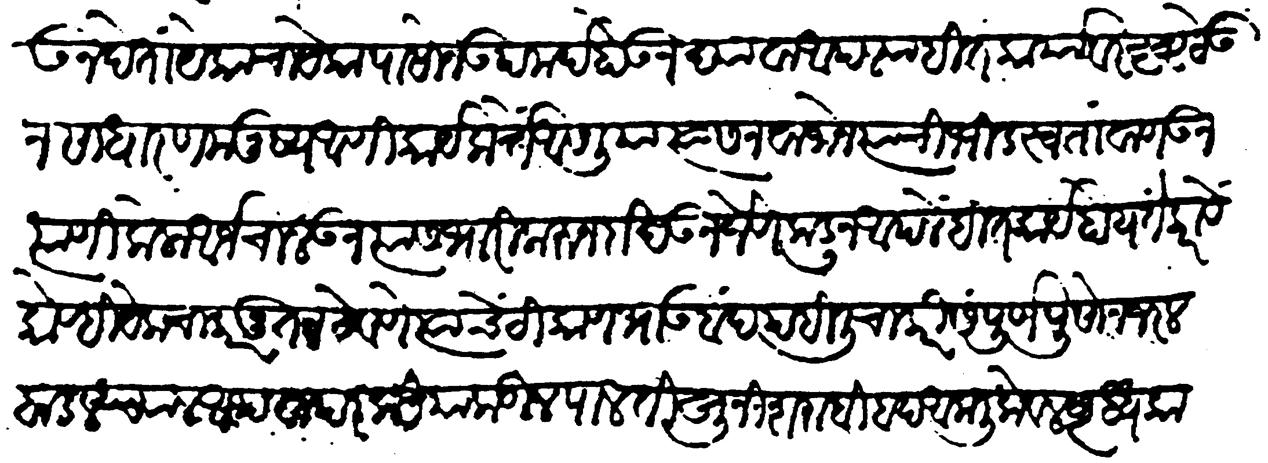
Transliteration (Devanagari): होऊ न देतां येकाचा येकापासोन उपमर्द होऊं न द्यावा आपल्या हितकार्यावर दृष्ट ठेवून साधारण मनुष्य आणि कार्यकर्ते आसलिया त्यास नवाजोन त्याची भीड स्वतां वागऊन त्याणे केला आर्ज चालऊन त्यास भारी करून दाखउन जेणेकडून आपलें हितकार्य होय तें करावे कोण्ही येक चाकर नूतन ठेवणे त्याचें ठिकाण भाऊबंद पहिली चाकरी संपूर्ण पुसोन जर लबाड लध्याल आथवा परकियाकडील पाळती खुनी शराबी बदआमली केवळ वृद्ध कार्यांतून